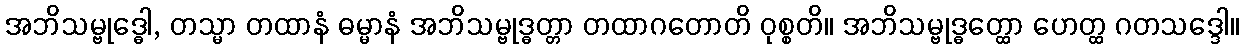
အဘိသမ္ဗုဒ္ဓေါ, တသ္မာ တထာနံ ဓမ္မာနံ အဘိသမ္ဗုဒ္ဓတ္တာ တထာဂတောတိ ဝုစ္စတိ။ အဘိသမ္ဗုဒ္ဓတ္ထော ဟေတ္ထ ဂတသဒ္ဒေါ။